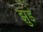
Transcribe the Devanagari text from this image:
झुडं